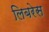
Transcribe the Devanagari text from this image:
लिबरेस